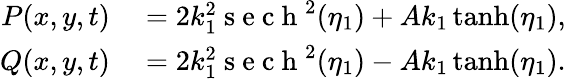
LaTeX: \begin{array}{rl}{P(x,y,t)}&{{}=2k_{1}^{2}\mathrm{~s~e~c~h~}^{2}(\eta_{1})+Ak_{1}\operatorname{tanh}(\eta_{1}),}\\ {Q(x,y,t)}&{{}=2k_{1}^{2}\mathrm{~s~e~c~h~}^{2}(\eta_{1})-Ak_{1}\operatorname{tanh}(\eta_{1}).}\end{array}